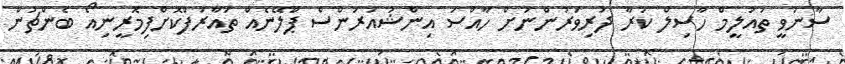
ސާނަވީ ތައުލީމް ހާސިލް ކުރާ ދަރިވަރުންނަށް ހާއްސަ އިންޝުއަރަންސް ޕްލޭނެއް ތައާރަފްކޮށްފިމޮރީނިއޯ ބެންޗުން